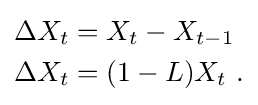
{\begin{aligned}\Delta X_{t}&=X_{t}-X_{t-1}\\\Delta X_{t}&=(1-L)X_{t}~.\end{aligned}}